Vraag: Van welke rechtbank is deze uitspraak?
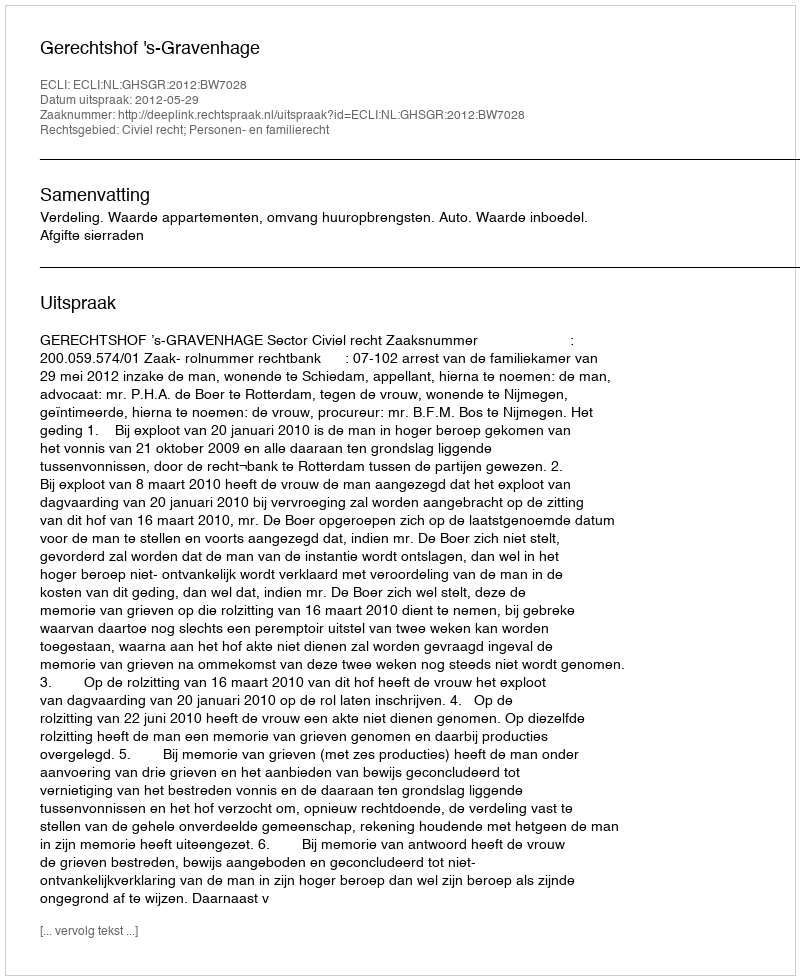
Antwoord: Gerechtshof 's-Gravenhage